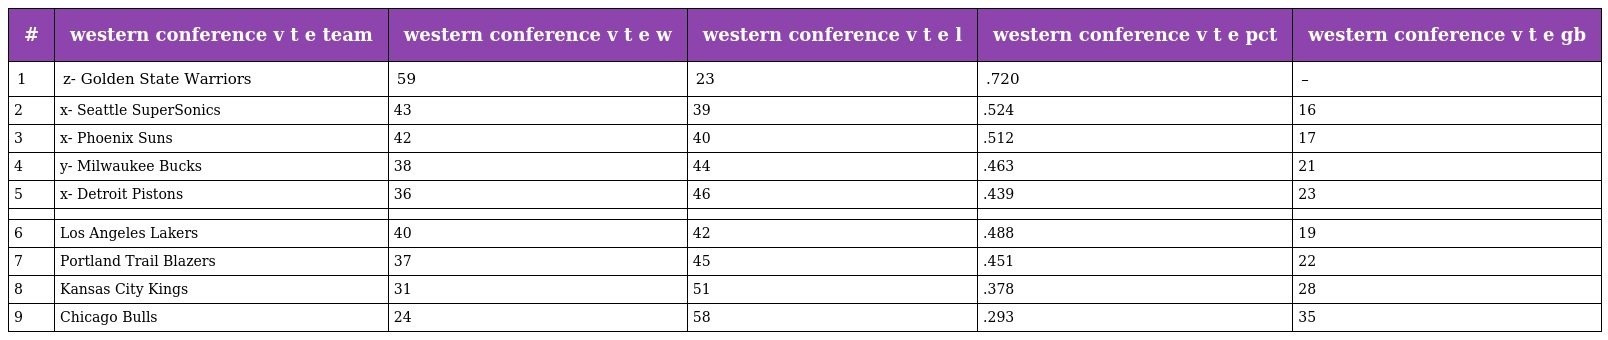
| # | western conference v t e team | western conference v t e w | western conference v t e l | western conference v t e pct | western conference v t e gb |
 | --- | --- | --- | --- | --- | --- |
 | 1 | z- Golden State Warriors | 59 | 23 | .720 | – |
 | 2 | x- Seattle SuperSonics | 43 | 39 | .524 | 16 |
 | 3 | x- Phoenix Suns | 42 | 40 | .512 | 17 |
 | 4 | y- Milwaukee Bucks | 38 | 44 | .463 | 21 |
 | 5 | x- Detroit Pistons | 36 | 46 | .439 | 23 |
 |  |  |  |  |  |  |
 | 6 | Los Angeles Lakers | 40 | 42 | .488 | 19 |
 | 7 | Portland Trail Blazers | 37 | 45 | .451 | 22 |
 | 8 | Kansas City Kings | 31 | 51 | .378 | 28 |
 | 9 | Chicago Bulls | 24 | 58 | .293 | 35 |